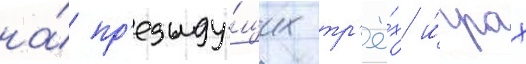
на́ пр'едыду́щих тр'ё́х и́грах